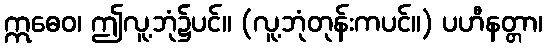
ဣဓေဝ၊ ဤလူ့ဘုံ၌ပင်။ (လူ့ဘုံတုန်းကပင်။) ပဟီနတ္တာ၊